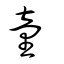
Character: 童